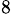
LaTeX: ^\mathrm{8}